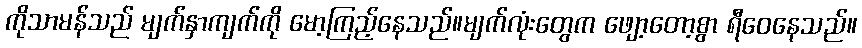
ကိုသာမန်သည် မျက်နှာကျက်ကို မော့ကြည့်နေသည်။မျက်လုံးတွေက ဖျော့တော့စွာ ရီဝေနေသည်။